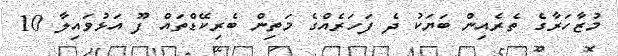
މުޒާހަރާގެ ތެރެއިން ބަޔަކު ދެ ފަހަރެއްގެ މަތިން ބެރިކޭޑްތައް ފޫ އަޅުވައިލާ 10